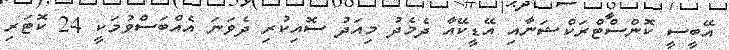
އޭބީސީ ކޮންސްޓްރަކްޝަނާއި އޭޑީކޭއާ ދެމެދު މިއަދު ސޮއިކުރި ދެވަނަ އެއްބަސްވުމަކީ 24 ކޮޓަރި